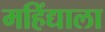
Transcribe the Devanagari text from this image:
महिंद्याला